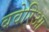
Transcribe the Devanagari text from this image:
बवेरिआ